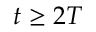
t \ge 2 T